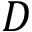
D